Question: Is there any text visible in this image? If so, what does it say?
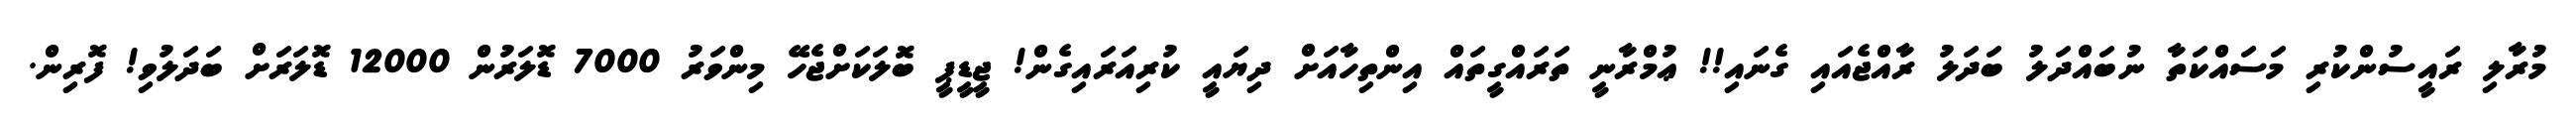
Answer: މުރާލި ރައީސުންކުރި މަސައްކަތާ ނުބައްދަލު ބަދަލު ރާއްޖެއައި ގެނައި!! ޢުމްރާނީ ތަރައްގީތައް އިންތިހާއަށް ދިޔައީ ކުރިއަރައިގެން! ޖީޑީޕީ ބޮލަކަށްޖެހޭ މިންވަރު 7000 ޑޮލަރުން 12000 ޑޮލަރަށް ބަދަލުވި! ފޮރިން.